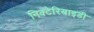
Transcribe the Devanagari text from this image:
निक्टेरिबाइडी